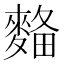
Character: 𪌾